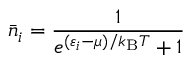
{ \bar { n } } _ { i } = { \frac { 1 } { e ^ { ( \varepsilon _ { i } - \mu ) / k _ { \mathrm { { B } } } T } + 1 } }